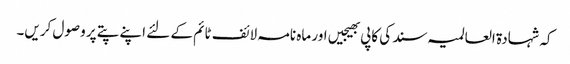
کہ شہادۃ العالمیہ سند کی کاپی بھیجیں اور ماہ نامہ لائف ٹائم کے لئے اپنے پتے پر وصول کریں۔